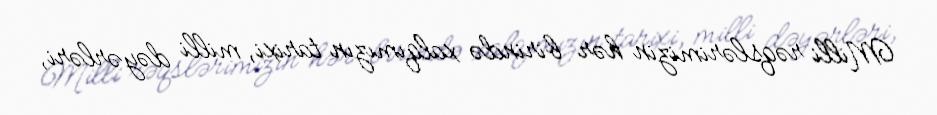
Milli rəqslərimizin hər birində xalqımızın tarixi, milli dəyərləri,